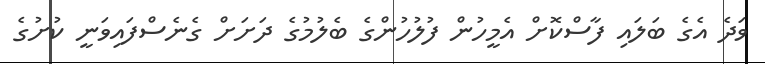
ވަދެ އެގެ ބަލައި ފާސްކޮށް އެމީހުން ފުލުހުންގެ ބެލުމުގެ ދަށަށް ގެނެސްފައިވަނީ ކުށުގެ